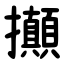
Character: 攧